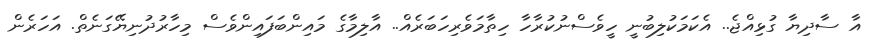
އާ ސާދިޔާ ގުޅިއްޖެ.. އެކަމަކުލިބުނީ ހީވެސްނުކުރާހާ ހިތާމަވެރިހަބަރެއް.. އާލިމާގެ މައިންބަފައިންވެސް މިހާރުދުނިޔޭގަނެތް. އަހަރެން